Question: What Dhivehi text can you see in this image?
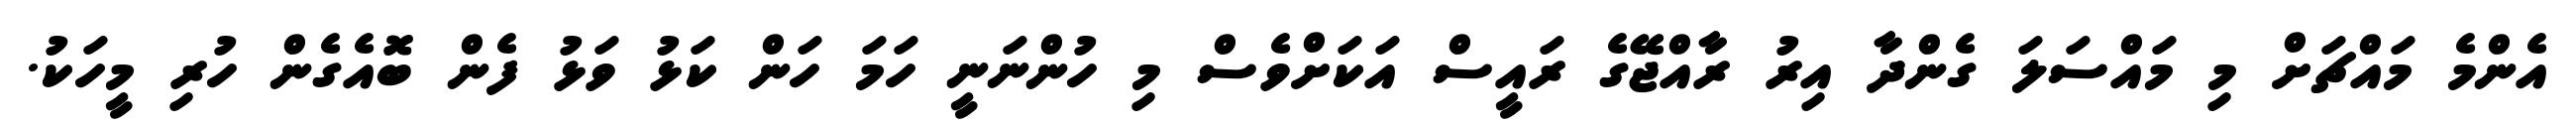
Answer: އެންމެ މައްޗަށް މި މައްސަލަ ގެންދާ އިރު ރާއްޖޭގެ ރައީސް އަކަށްވެސް މި ހުންނަނީ ހަމަ ހަން ކަޅު ވަޅު ފެން ބޮއެގެން ހުރި މީހަކު.